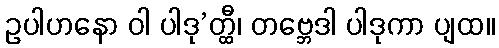
ဥပါဟနော ဝါ ပါဒု’တ္ထီ၊ တဗ္ဘေဒါ ပါဒုကာ ပျထ။